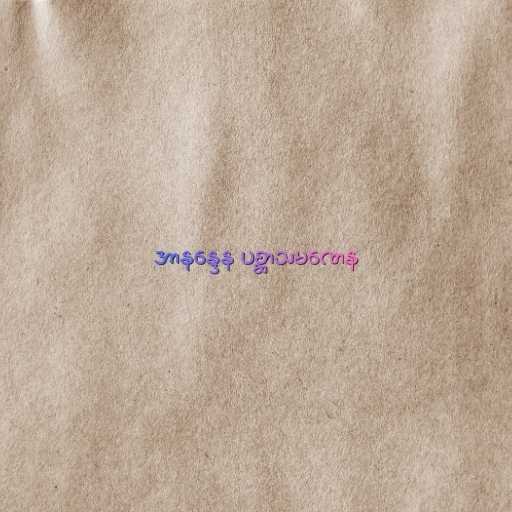
အာနန္ဒေန ပစ္ဆာသမဏေန